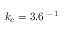
k _ { c } = 3 . 6 ~ \AA ^ { - 1 }